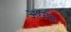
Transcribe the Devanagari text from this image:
अध्यंड